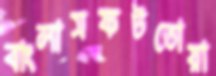
বাংলাসফটতোয়া